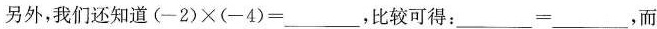
另外，我们还知道$$(-2)\times(-4)=$$___，比较可得：___-___，而